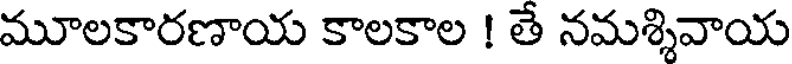
మూలకారణాయ కాలకాల ! తే నమశ్శివాయ